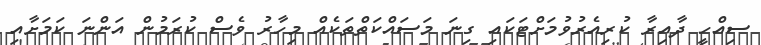
ސިއްހީ ދާއިރާ ކުރިއެރުވުމަށްޓަކައި ގިނަ މަސައްކަތްތަކެއް މިހާރު ވެސް ކުރަމުން އަންނަ ކަމަށާއި